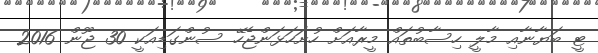
ޓީ ބަޔާނާއި މާލީ ހިސާބުތައް މީރާއަށް ހުށަހަޅަންޖެހޭ ސުންގަޑިއަކީ 30 ޖޫން 2016